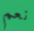
نعم